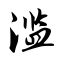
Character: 滥